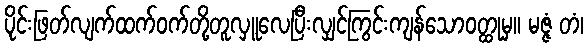
ပိုင်းဖြတ်လျက်ထက်ဝက်တို့တူလှူလေပြီးလျှင်ကြွင်းကျန်သောဝတ္ထုမှ။ မဇ္ဇံ တံ၊